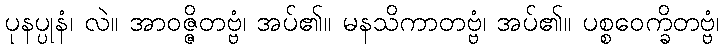
ပုနပ္ပုနံ၊ လဲ။ အာဝဇ္ဇိတဗ္ဗံ၊ အပ်၏။ မနသိကာတဗ္ဗံ၊ အပ်၏။ ပစ္စဝေက္ခိတဗ္ဗံ၊